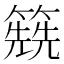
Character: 𥳱